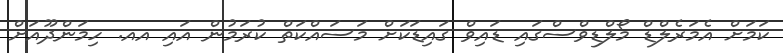
ކަމަށް އެމަރެލްޑް މޯލްޑިވްސްގައި ޑައިވް ގައިޑަކަށް މަސައްކަތް ކުރަމުން އައި އއ. ހިމަންދޫއަށް